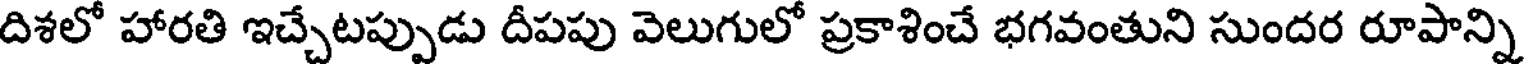
దిశలో హారతి ఇచ్చేటప్పుడు దీపపు వెలుగులో ప్రకాశించే భగవంతుని సుందర రూపాన్ని